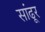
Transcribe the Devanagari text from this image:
सांढूर